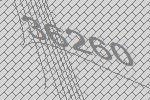
36260